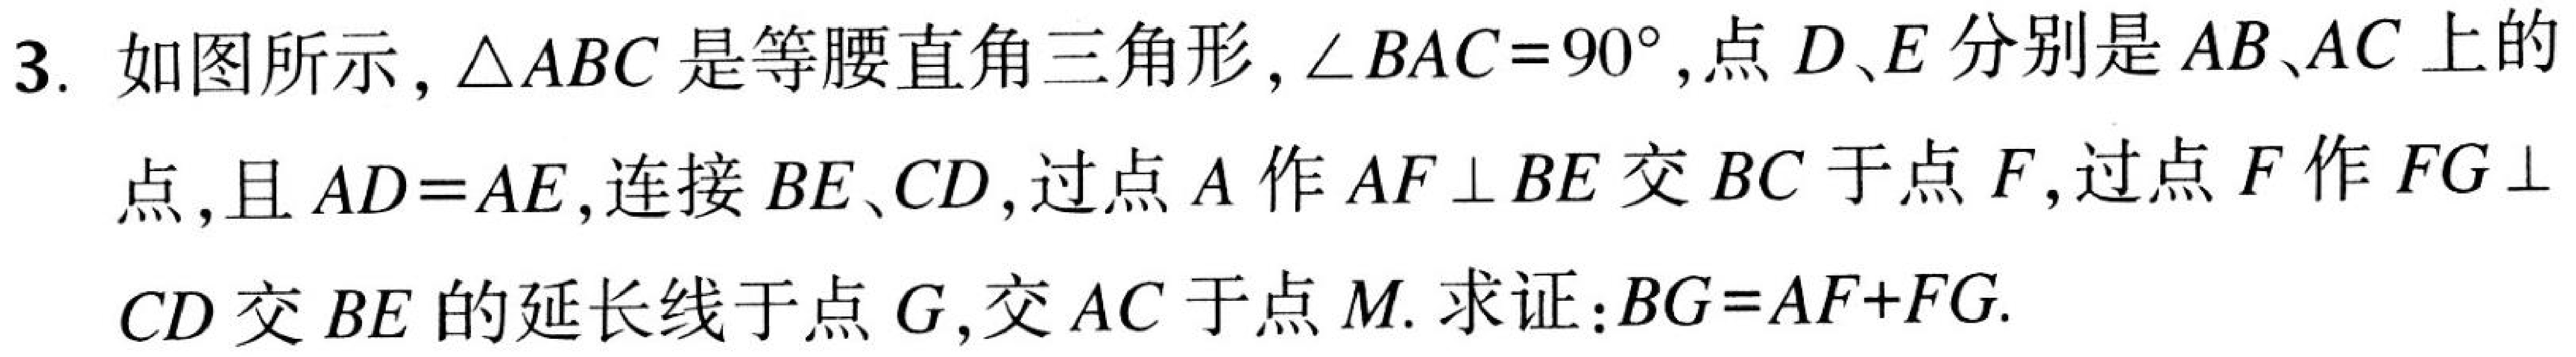
3. 如图所示，\(\triangle ABC\) 是等腰直角三角形，\(\angle BAC = 90^{\circ}\)，点 \(D、E\) 分别是 \(AB、AC\) 上的点，且 \(AD = AE\)，连接 \(BE、CD\)，过点 \(A\) 作 \(AF\perp BE\) 交 \(BC\) 于点 \(F\)，过点 \(F\) 作 \(FG\perp CD\) 交 \(BE\) 的延长线于点 \(G\)，交 \(AC\) 于点 \(M\). 求证：\(BG = AF + FG\).